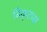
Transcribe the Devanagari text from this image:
विकृताक्ष